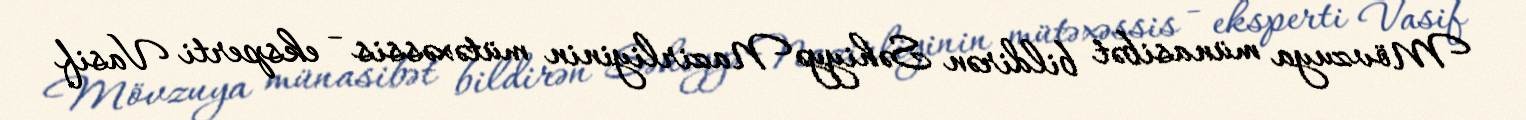
Mövzuya münasibət bildirən Səhiyyə Nazirliyinin mütəxəssis - eksperti Vasif